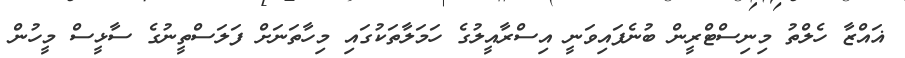
ޣައްޒާ ހެލްތު މިނިސްޓްރީން ބުނެފައިވަނީ އިސްރާއީލުގެ ހަމަލާތަކުގައި މިހާތަނަށް ފަލަސްތީނުގެ ސާޅީސް މީހުން